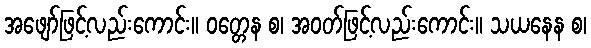
အဖျော်ဖြင့်လည်းကောင်း။ ဝတ္တေန စ၊ အဝတ်ဖြင့်လည်းကောင်း။ သယနေန စ၊